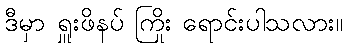
ဒီမှာ ရှူးဖိနပ် ကြိုး ရောင်းပါသလား။